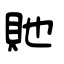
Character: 貤